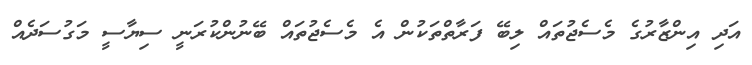
އަދި އިންޒާރުގެ މެސެޖުތައް ލިބޭ ފަރާތްތަކުން އެ މެސެޖުތައް ބޭނުންކުރަނީ ސިޔާސީ މަގުސަދެއް